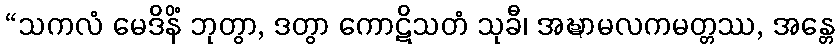
“သကလံ မေဒိနိံ ဘုတွာ, ဒတွာ ကောဋိသတံ သုခီ၊ အဍ္ဎာမလကမတ္တဿ, အန္တေ